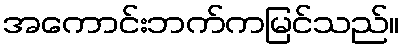
အကောင်းဘက်ကမြင်သည်။